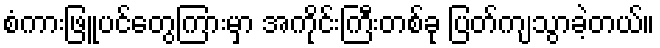
စံကားဖြူပင်တွေကြားမှာ အကိုင်းကြီးတစ်ခု ပြတ်ကျသွာခဲ့တယ်။